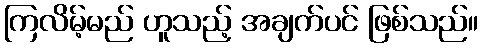
ကြလိမ့်မည် ဟူသည့် အချက်ပင် ဖြစ်သည်။